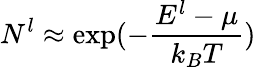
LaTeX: N_{}^{l}\approx\exp(-\frac{E^{l}-\mu}{k_{B}T})